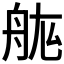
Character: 𮎅